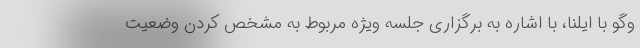
وگو با ایلنا، با اشاره به برگزاری جلسه‌ ویژه مربوط به مشخص کردن وضعیت